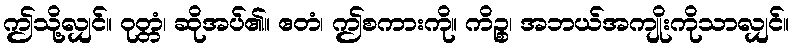
ဤသို့လျှင်။ ဝုတ္တံ၊ ဆိုအပ်၏။ ဧတံ၊ ဤစကားကို။ ကိဉ္စ၊ အဘယ်အကျိုးကိုသာလျှင်။